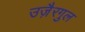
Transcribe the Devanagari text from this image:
उजै़रगुल